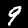
Label: 9